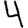
Digit: 4